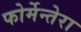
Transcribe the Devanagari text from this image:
फोर्मेन्तेरा